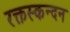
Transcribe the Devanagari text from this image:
रक्तस्कन्दन